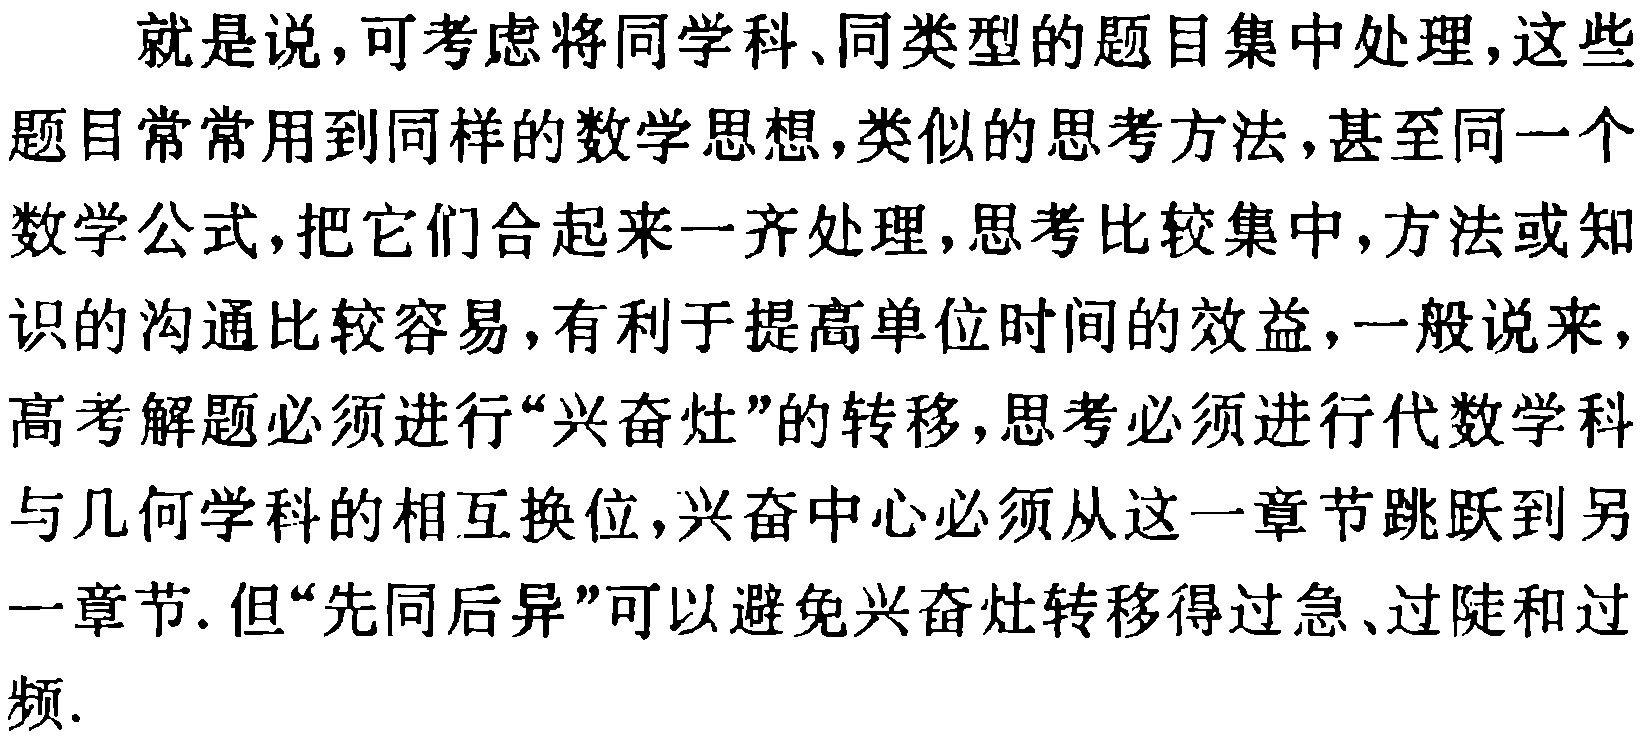
就是说,可考虑将同学科、同类型的题目集中处理,这些题目常常用到同样的数学思想,类似的思考方法,甚至同一个数学公式,把它们合起来一齐处理,思考比较集中,方法或知识的沟通比较容易,有利于提高单位时间的效益,一般说来,高考解题必须进行“兴奋灶”的转移,思考必须进行代数学科与几何学科的相互换位,兴奋中心必须从这一章节跳跃到另一章节. 但“先同后异”可以避免兴奋灶转移得过急、过陡和过频.